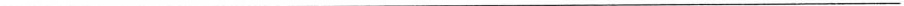
___